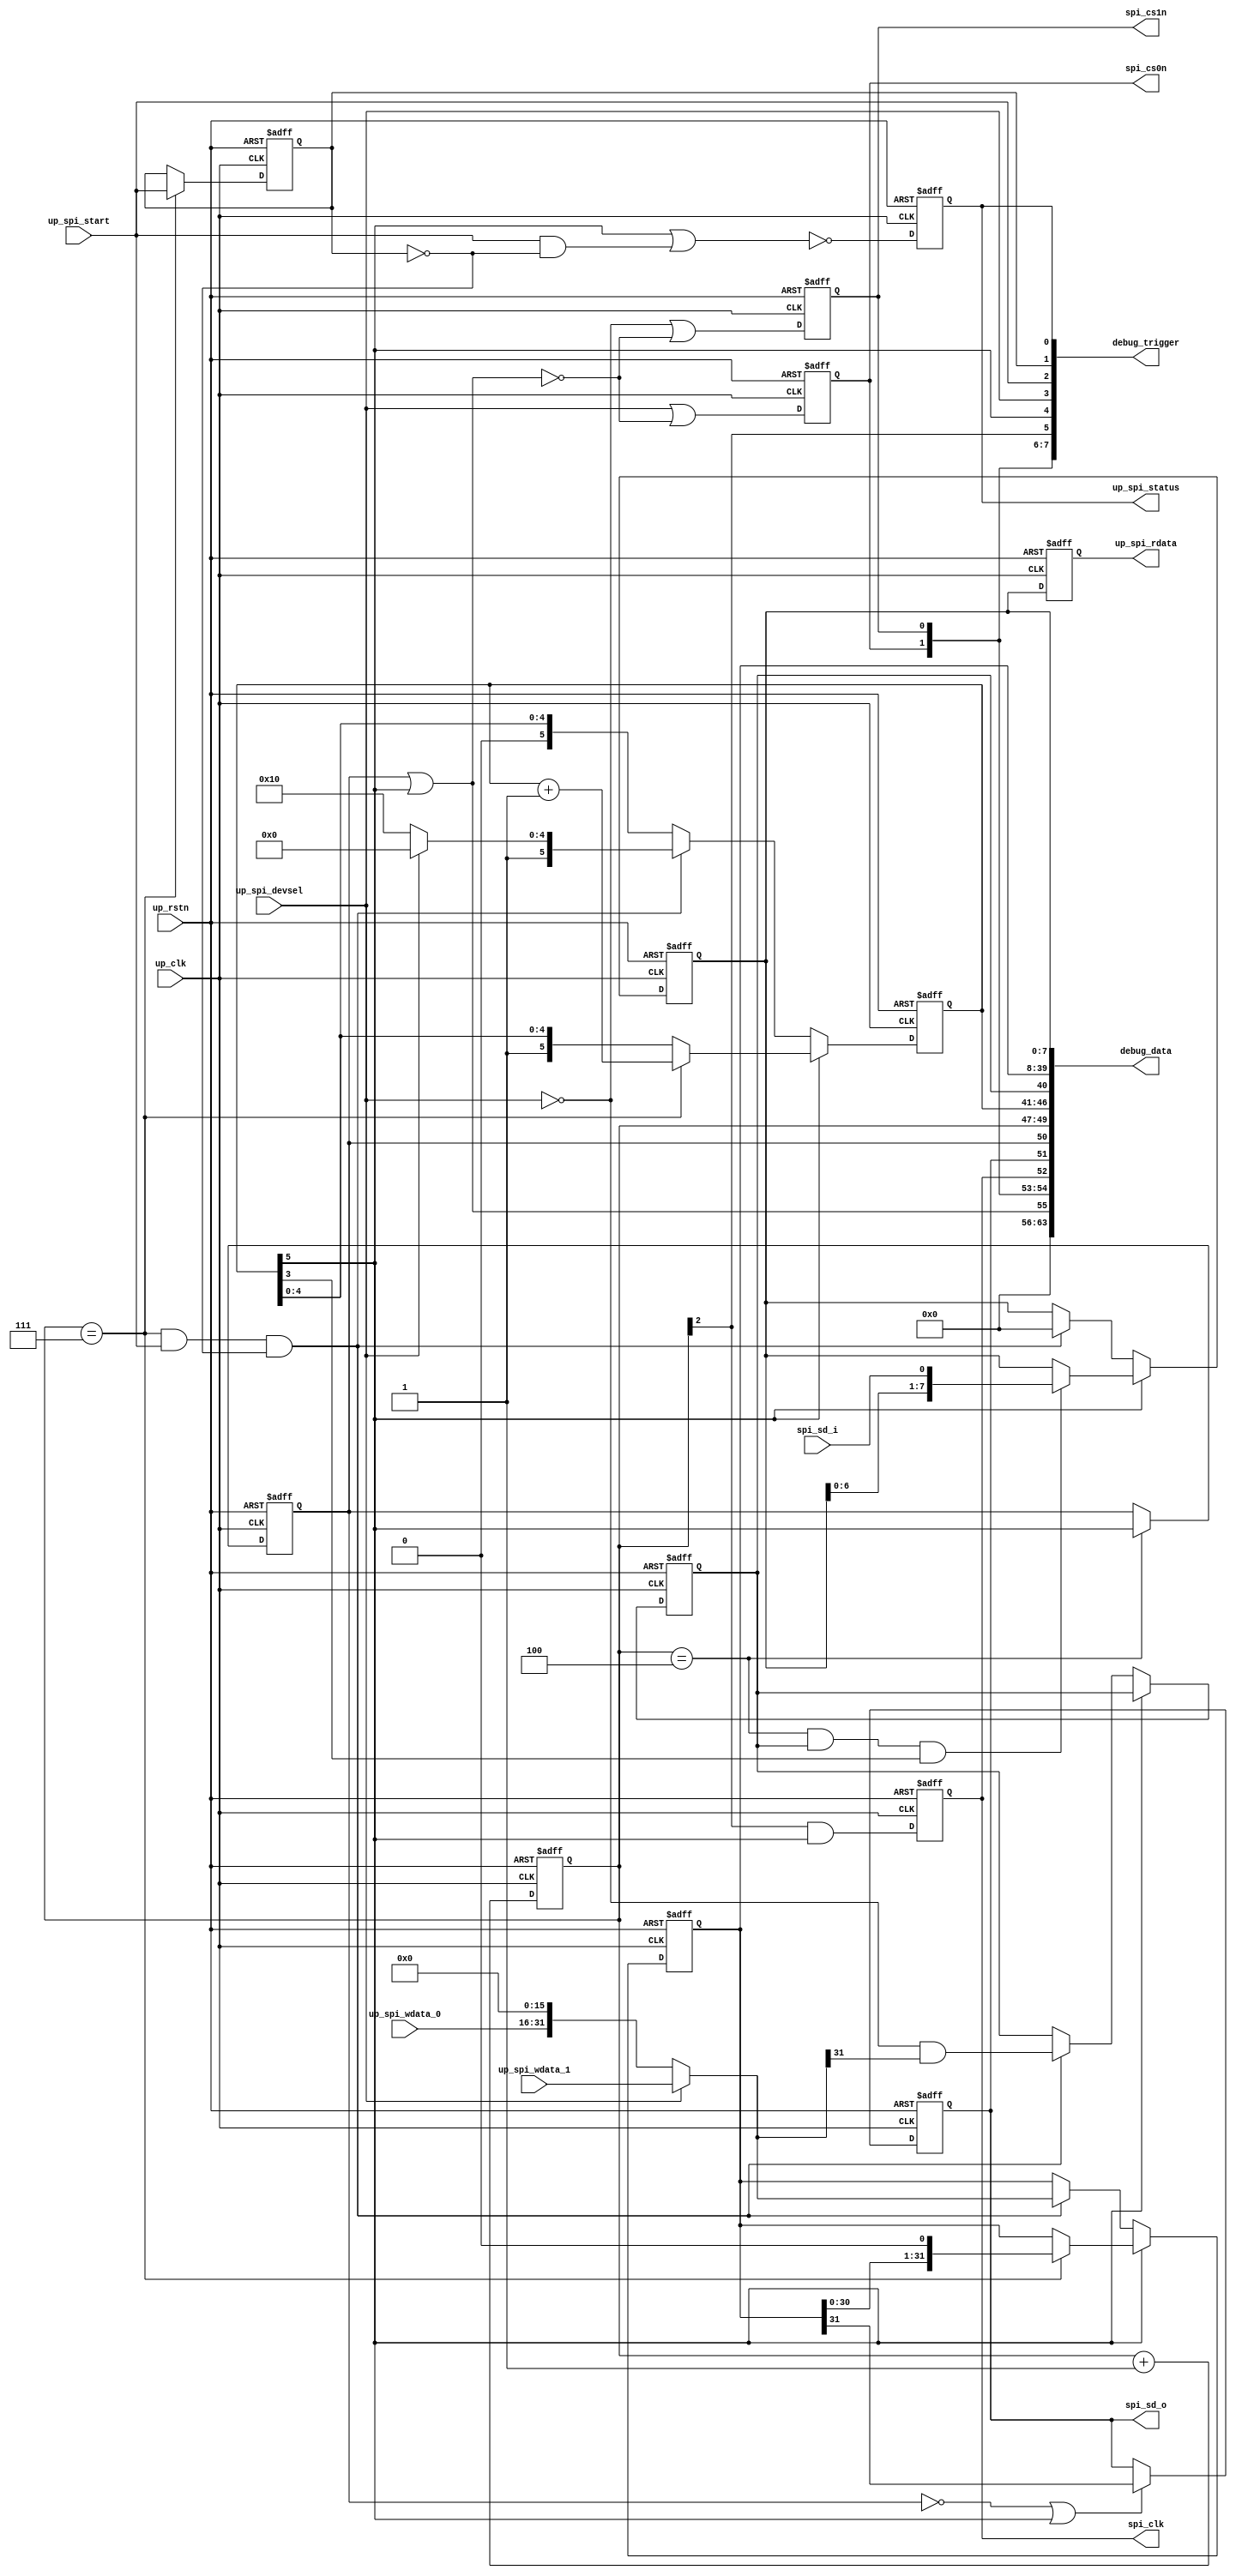
// ***************************************************************************
// ***************************************************************************
// Copyright 2011(c) Analog Devices, Inc.
// 
// All rights reserved.
// 
// Redistribution and use in source and binary forms, with or without modification,
// are permitted provided that the following conditions are met:
//     - Redistributions of source code must retain the above copyright
//       notice, this list of conditions and the following disclaimer.
//     - Redistributions in binary form must reproduce the above copyright
//       notice, this list of conditions and the following disclaimer in
//       the documentation and/or other materials provided with the
//       distribution.
//     - Neither the name of Analog Devices, Inc. nor the names of its
//       contributors may be used to endorse or promote products derived
//       from this software without specific prior written permission.
//     - The use of this software may or may not infringe the patent rights
//       of one or more patent holders.  This license does not release you
//       from the requirement that you obtain separate licenses from these
//       patent holders to use this software.
//     - Use of the software either in source or binary form, must be run
//       on or directly connected to an Analog Devices Inc. component.
//    
// THIS SOFTWARE IS PROVIDED BY ANALOG DEVICES "AS IS" AND ANY EXPRESS OR IMPLIED WARRANTIES,
// INCLUDING, BUT NOT LIMITED TO, NON-INFRINGEMENT, MERCHANTABILITY AND FITNESS FOR A
// PARTICULAR PURPOSE ARE DISCLAIMED.
//
// IN NO EVENT SHALL ANALOG DEVICES BE LIABLE FOR ANY DIRECT, INDIRECT, INCIDENTAL, SPECIAL,
// EXEMPLARY, OR CONSEQUENTIAL DAMAGES (INCLUDING, BUT NOT LIMITED TO, INTELLECTUAL PROPERTY
// RIGHTS, PROCUREMENT OF SUBSTITUTE GOODS OR SERVICES; LOSS OF USE, DATA, OR PROFITS; OR 
// BUSINESS INTERRUPTION) HOWEVER CAUSED AND ON ANY THEORY OF LIABILITY, WHETHER IN CONTRACT,
// STRICT LIABILITY, OR TORT (INCLUDING NEGLIGENCE OR OTHERWISE) ARISING IN ANY WAY OUT OF 
// THE USE OF THIS SOFTWARE, EVEN IF ADVISED OF THE POSSIBILITY OF SUCH DAMAGE.
// ***************************************************************************
// ***************************************************************************
// Rejeesh.Kutty@Analog.com (c) Analog Devices Inc.
// ***************************************************************************
// ***************************************************************************

module cf_spi (

  spi_cs0n,
  spi_cs1n,
  spi_clk,
  spi_sd_o,
  spi_sd_i,

  up_rstn,
  up_clk,
  up_spi_start,
  up_spi_devsel,
  up_spi_wdata_1,
  up_spi_wdata_0,
  up_spi_rdata,
  up_spi_status,

  debug_trigger,
  debug_data);

  output          spi_cs0n;
  output          spi_cs1n;
  output          spi_clk;
  output          spi_sd_o;
  input           spi_sd_i;

  input           up_rstn;
  input           up_clk;
  input           up_spi_start;
  input           up_spi_devsel;
  input   [31:0]  up_spi_wdata_1;
  input   [15:0]  up_spi_wdata_0;
  output  [ 7:0]  up_spi_rdata;
  output          up_spi_status;

  output  [ 7:0]  debug_trigger;
  output  [63:0]  debug_data;

  reg             spi_cs0n = 'd0;
  reg             spi_cs1n = 'd0;
  reg             spi_clk = 'd0;
  reg             spi_sd_o = 'd0;
  reg             spi_count_5_d = 'd0;
  reg     [ 2:0]  spi_clk_count = 'd0;
  reg     [ 5:0]  spi_count = 'd0;
  reg             spi_rwn = 'd0;
  reg     [31:0]  spi_data_out = 'd0;
  reg     [ 7:0]  spi_data_in = 'd0;
  reg             up_spi_start_d = 'd0;
  reg             up_spi_status = 'd0;
  reg     [ 7:0]  up_spi_rdata = 'd0;

  wire            spi_cs_en_s;
  wire    [31:0]  up_spi_wdata_s;

  assign debug_trigger[7] = spi_cs0n;
  assign debug_trigger[6] = spi_cs1n;
  assign debug_trigger[5] = spi_clk_count[2];
  assign debug_trigger[4] = spi_count[5];
  assign debug_trigger[3] = up_spi_devsel;
  assign debug_trigger[2] = up_spi_start;
  assign debug_trigger[1] = up_spi_start_d;
  assign debug_trigger[0] = up_spi_status;

  assign debug_data[63:56] = 'd0;
  assign debug_data[55:55] = spi_cs_en_s;
  assign debug_data[54:54] = spi_cs0n;
  assign debug_data[53:53] = spi_cs1n;
  assign debug_data[52:52] = spi_clk;
  assign debug_data[51:51] = spi_sd_o;
  assign debug_data[50:50] = spi_count_5_d;
  assign debug_data[49:47] = spi_clk_count;
  assign debug_data[46:41] = spi_count;
  assign debug_data[40:40] = spi_rwn;
  assign debug_data[39: 8] = spi_data_out;
  assign debug_data[ 7: 0] = spi_data_in;

  assign spi_cs_en_s = spi_count_5_d | spi_count[5];
  assign up_spi_wdata_s = (up_spi_devsel == 1) ? up_spi_wdata_1 : {up_spi_wdata_0, 16'd0};

  always @(negedge up_rstn or posedge up_clk) begin
    if (up_rstn == 0) begin
      spi_cs0n <= 'd1;
      spi_cs1n <= 'd1;
      spi_clk <= 'd0;
      spi_sd_o <= 'd0;
      spi_count_5_d <= 'd0;
      spi_clk_count <= 'd0;
      spi_count <= 'd0;
      spi_rwn <= 'd0;
      spi_data_out <= 'd0;
      spi_data_in <= 'd0;
      up_spi_start_d <= 'd0;
      up_spi_status <= 'd0;
      up_spi_rdata <= 'd0;
    end else begin
      spi_cs0n <= up_spi_devsel | (~spi_cs_en_s);
      spi_cs1n <= (~up_spi_devsel) | (~spi_cs_en_s);
      spi_clk <= spi_clk_count[2] & spi_count[5];
      if ((spi_count_5_d == 1'b0) || (spi_count[5] == 1'b1)) begin
        spi_sd_o <= spi_data_out[31];
      end
      if (spi_clk_count == 3'b100) begin
        spi_count_5_d <= spi_count[5];
      end
      spi_clk_count <= spi_clk_count + 1'b1;
      if (spi_count[5] == 1'b1) begin
        if (spi_clk_count == 3'b111) begin
          spi_count <= spi_count + 1'b1;
        end
        spi_rwn <= spi_rwn;
        if (spi_clk_count == 3'b111) begin
          spi_data_out <= {spi_data_out[30:0], 1'b0};
        end
        if ((spi_clk_count == 3'b100) && (spi_rwn == 1'b1) && (spi_count[3] == 1'b1)) begin
          spi_data_in <= {spi_data_in[6:0], spi_sd_i};
        end
      end else if ((spi_clk_count == 3'b111) && (up_spi_start == 1'b1) &&
        (up_spi_start_d == 1'b0)) begin
        spi_count <= (up_spi_devsel == 1'b1) ? 6'h20 : 6'h30;
        spi_rwn <= (~up_spi_devsel) & up_spi_wdata_s[31];
        spi_data_out <= up_spi_wdata_s;
        spi_data_in <= 8'd0;
      end
      if (spi_clk_count == 3'b111) begin
        up_spi_start_d <= up_spi_start;
      end
      up_spi_status <= ~(spi_count[5] | (up_spi_start & ~up_spi_start_d));
      up_spi_rdata <= spi_data_in;
    end
  end

endmodule

// ***************************************************************************
// ***************************************************************************